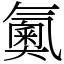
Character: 鿫